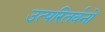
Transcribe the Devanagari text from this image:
उत्परितर्वनों